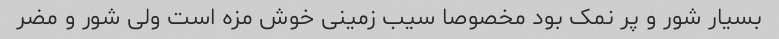
بسیار شور و پر نمک بود مخصوصا سیب زمینی خوش مزه است ولی شور و مضر